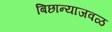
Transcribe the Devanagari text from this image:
बिछान्याजवळ